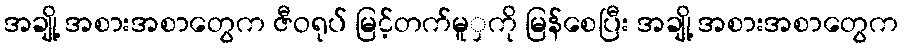
အချို့ အစားအစာတွေက ဇီဝရုပ် မြင့်တက်မူှကို မြန်စေပြီး အချို့ အစားအစာတွေက